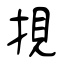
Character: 挸